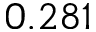
0 . 2 8 1